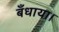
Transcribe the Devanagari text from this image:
बँधाया।